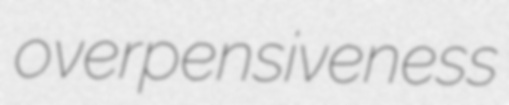
overpensiveness